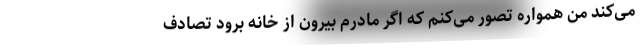
می‌کند من همواره تصور می‌کنم که اگر مادرم بیرون از خانه برود تصادف